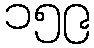
၁၅၉